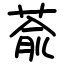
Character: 萮